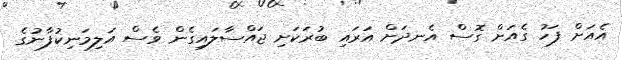
އެއަށް ފަހު ގެއަށް ގޮސް އެނދަށް އަރައި ބުރަކަށި ޖައްސާލައިގެން ވެސް އަލިމަނިކުފާނުގެ